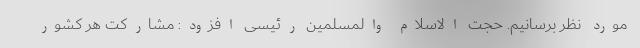
مورد نظر برسانیم. حجت الاسلام والمسلمین رئیسی افزود: مشارکت هر کشور